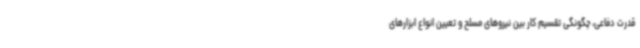
قدرت دفاعی، چگونگی تقسیم کار بین نیروهای مسلح و تعیین انواع ابزارهای